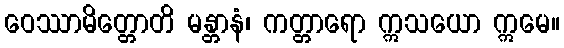
ဝေဿာမိတ္တောတိ မန္တာနံ၊ ကတ္တာရော ဣသယော ဣမေ။